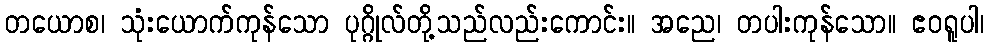
တယောစ၊ သုံးယောက်ကုန်သော ပုဂ္ဂိုလ်တို့သည်လည်းကောင်း။ အညေ၊ တပါးကုန်သော။ ဧဝရူပါ၊